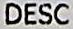
DESC